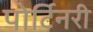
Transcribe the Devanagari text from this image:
पोर्टिनरी